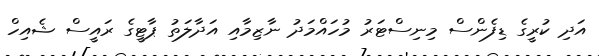
އަދި ކުރީގެ ޑިފެންސް މިނިސްޓަރު މުހައްމަދު ނާޒިމާއި އަދާލަތު ޕާޓީގެ ރައީސް ޝެއިހް